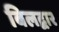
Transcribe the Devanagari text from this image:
बिलद्वार